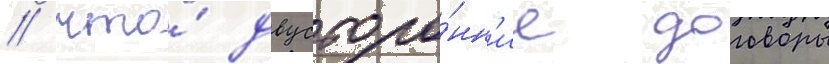
/ что́ двусторо́нн'ие договоры